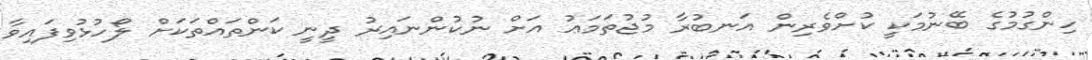
ހިންގުމުގެ ބޭނުމަކީ ކުށްވެރިން އަނބުރާ މުޖުތަމަޢު އަށް ނުކުންނައިރު ދީނީ ކަންތައްތަކަށް ލޯހުޅުވިފައިވާ